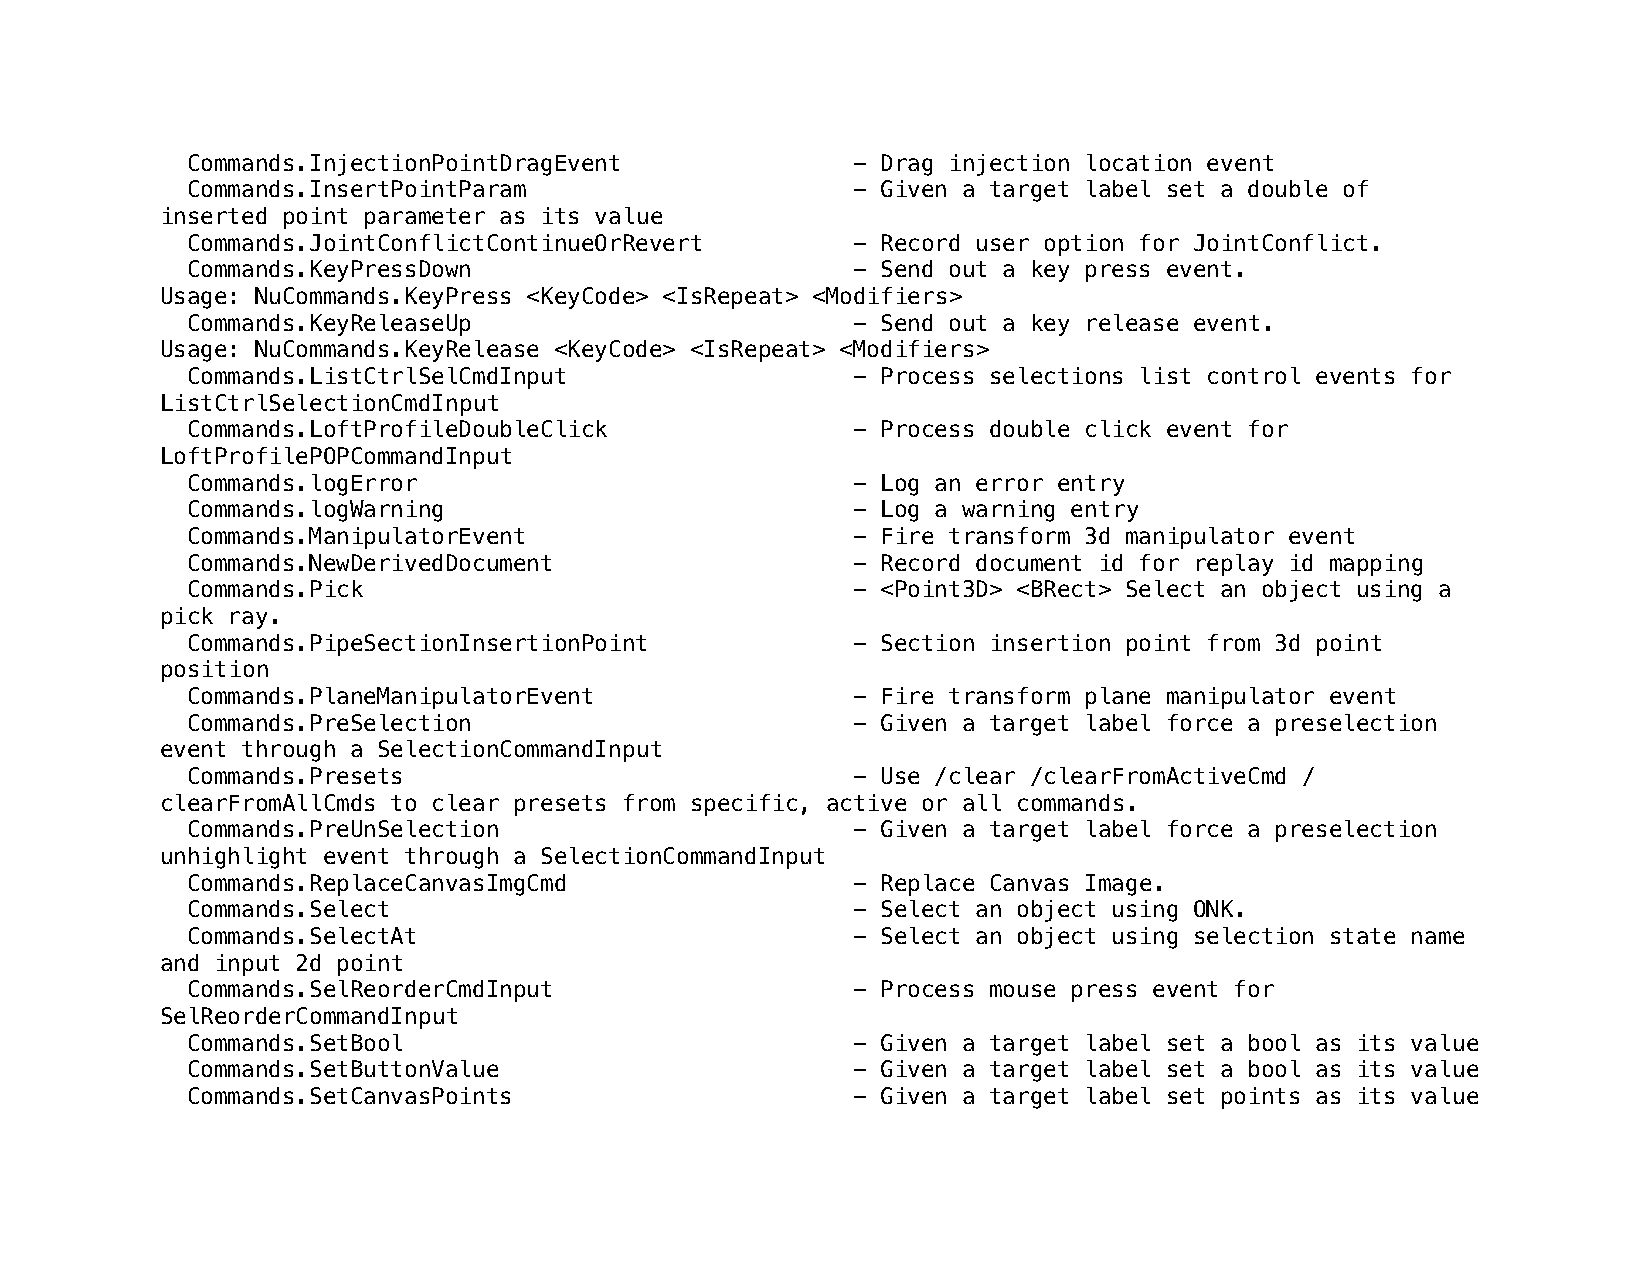
Commands.InjectionPointDragEvent            - Drag injection location event
 Commands.InsertPointParam                   - Given a target label set a double of
 inserted point parameter as its value
 Commands.JointConflictContinueOrRevert      - Record user option for JointConflict.
 Commands.KeyPressDown                       - Send out a key press event.
 Usage: NuCommands.KeyPress <KeyCode> <IsRepeat> <Modifiers>
 Commands.KeyReleaseUp                       - Send out a key release event.
 Usage: NuCommands.KeyRelease <KeyCode> <IsRepeat> <Modifiers>
 Commands.ListCtrlSelCmdInput                - Process selections list control events for
 ListCtrlSelectionCmdInput
 Commands.LoftProfileDoubleClick             - Process double click event for
 LoftProfilePOPCommandInput
 Commands.logError                           - Log an error entry
 Commands.logWarning                         - Log a warning entry
 Commands.ManipulatorEvent                   - Fire transform 3d manipulator event
 Commands.NewDerivedDocument                 - Record document id for replay id mapping
 Commands.Pick                               - <Point3D> <BRect> Select an object using a
 pick ray.
 Commands.PipeSectionInsertionPoint          - Section insertion point from 3d point
 position
 Commands.PlaneManipulatorEvent              - Fire transform plane manipulator event
 Commands.PreSelection                       - Given a target label force a preselection
 event through a SelectionCommandInput
 Commands.Presets                            - Use /clear /clearFromActiveCmd /
 clearFromAllCmds to clear presets from specific, active or all commands.
 Commands.PreUnSelection                     - Given a target label force a preselection
 unhighlight event through a SelectionCommandInput
 Commands.ReplaceCanvasImgCmd                - Replace Canvas Image.
 Commands.Select                             - Select an object using ONK.
 Commands.SelectAt                           - Select an object using selection state name
 and input 2d point
 Commands.SelReorderCmdInput                 - Process mouse press event for
 SelReorderCommandInput
 Commands.SetBool                            - Given a target label set a bool as its value
 Commands.SetButtonValue                     - Given a target label set a bool as its value
 Commands.SetCanvasPoints                    - Given a target label set points as its value